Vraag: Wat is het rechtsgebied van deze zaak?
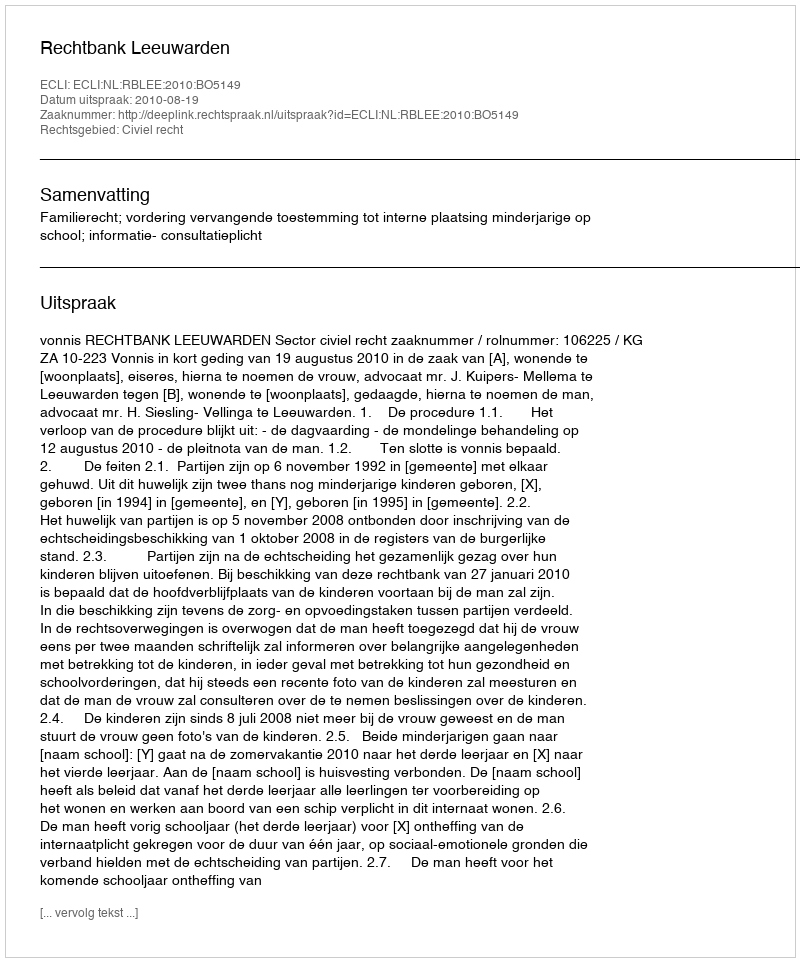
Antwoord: Civiel recht